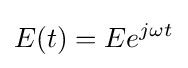
E(t)=Ee^{j\omega t}